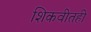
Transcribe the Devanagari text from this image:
शिकवीतही